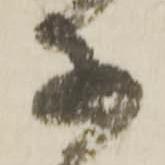
子